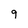
Character: 9